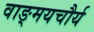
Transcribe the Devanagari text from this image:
वाङ्‌मयचौर्य